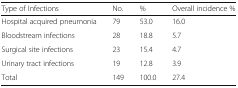
| Type of Infections | No. | % | Overall incidence % |
 | --- | --- | --- | --- |
 | Hospital acquired pneumonia | 79 | 53.0 | 16.0 |
 | Bloodstream infections | 28 | 18.8 | 5.7 |
 | Surgical site infections | 23 | 15.4 | 4.7 |
 | Urinary tract infections | 19 | 12.8 | 3.9 |
 | Total | 149 | 100.0 | 27.4 |